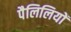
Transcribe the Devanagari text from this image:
पैलिलियों